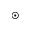
\odot